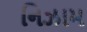
નિઝામ